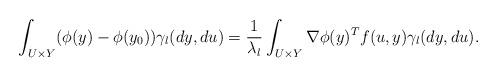
LaTeX: \begin{align*}\int_{U\times Y}(\phi(y)-\phi(y_0))\gamma_l(dy,du)= \frac{1}{\lambda_l}\int_{U\times Y}\nabla \phi(y)^Tf(u,y)\gamma_l(dy,du).\end{align*}